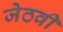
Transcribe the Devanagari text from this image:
जेठवी